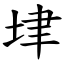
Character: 垏